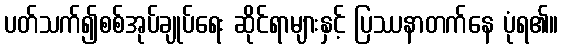
ပတ်သက်၍စစ်အုပ်ချုပ်ရေး ဆိုင်ရာများနှင့် ပြဿနာတက်နေ ပုံရ၏။